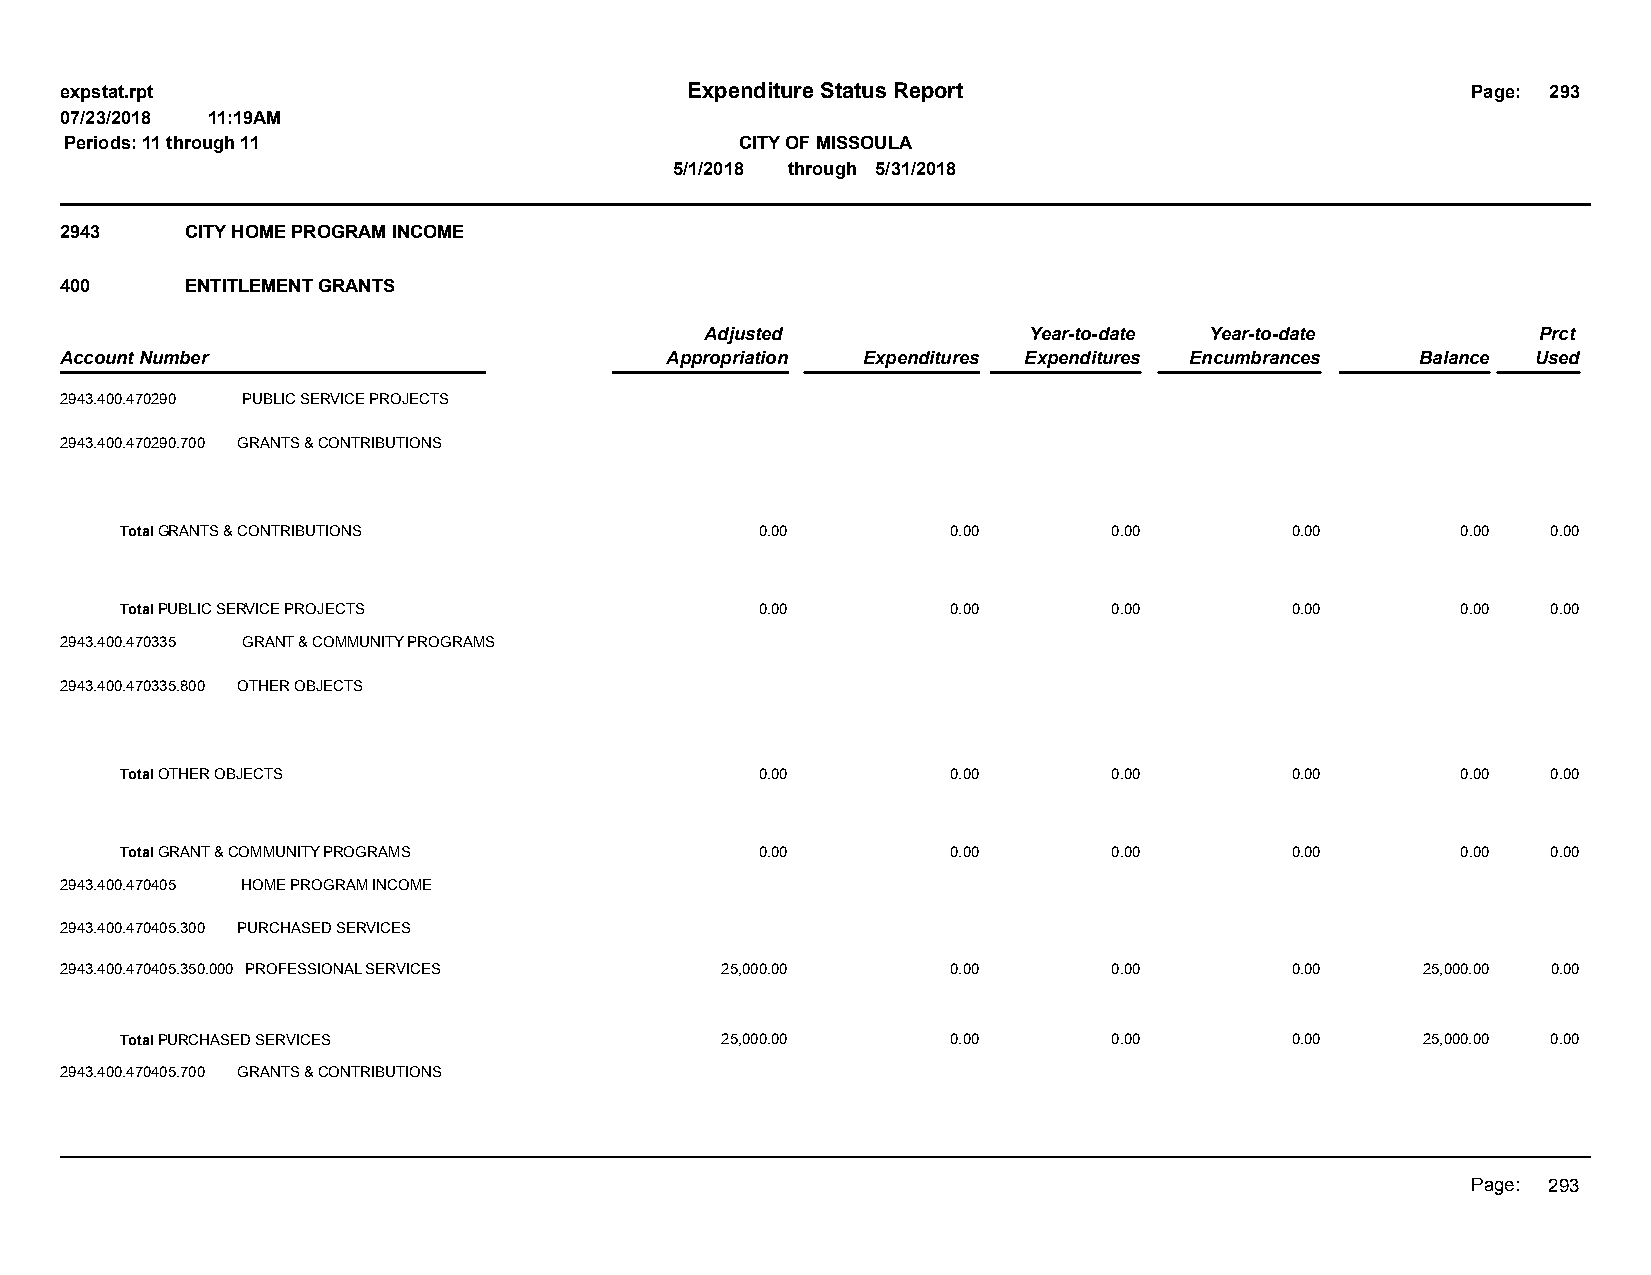
expstat.rpt                              Expenditure Status Report                           Page: 293
 07/23/2018 11:19AM
 Periods: 11 through 11                       CITY OF MISSOULA
 5/1/2018 through 5/31/2018
 2943    CITY HOME PROGRAM INCOME
 400     ENTITLEMENT GRANTS
 Adjusted             Year-to-date Year-to-date         Prct
 Account Number                          Appropriation Expenditures Expenditures Encumbrances Balance Used
 2943.400.470290 PUBLIC SERVICE PROJECTS
 2943.400.470290.700 GRANTS & CONTRIBUTIONS
 Total GRANTS & CONTRIBUTIONS              0.00         0.00       0.00       0.00        0.00  0.00
 Total PUBLIC SERVICE PROJECTS             0.00         0.00       0.00       0.00        0.00  0.00
 2943.400.470335 GRANT & COMMUNITY PROGRAMS
 2943.400.470335.800 OTHER OBJECTS
 Total OTHER OBJECTS                       0.00         0.00       0.00       0.00        0.00  0.00
 Total GRANT & COMMUNITY PROGRAMS          0.00         0.00       0.00       0.00        0.00  0.00
 2943.400.470405 HOME PROGRAM INCOME
 2943.400.470405.300 PURCHASED SERVICES
 2943.400.470405.350.000 PROFESSIONAL SERVICES 25,000.00    0.00       0.00       0.00     25,000.00 0.00
 Total PURCHASED SERVICES                25,000.00      0.00       0.00       0.00     25,000.00 0.00
 2943.400.470405.700 GRANTS & CONTRIBUTIONS
 Page: 293